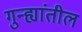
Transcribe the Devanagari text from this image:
गुन्ह्यांतील